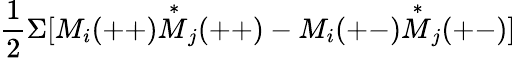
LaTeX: \frac{1}{2}\Sigma[M_{i}(++)\stackrel{\ast}{M}_{j}(++)-M_{i}(+-)\stackrel{\ast}{M}_{j}(+-)]